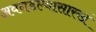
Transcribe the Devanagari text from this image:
अवघडल्यासारखं